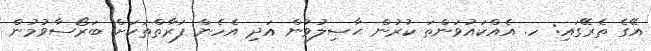
އޭގެ ތެރޭގައި: ހ. އެއްކައުވަންތަ ކުރުން ޙާޞިލުވުން އަދި އެހެން ފަރާތްތަކަށް ބަރޯސާވުމުން